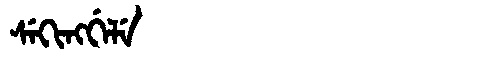
Manchu: ᠰᡝᡴᡳᠩᡤᡝᠯᡝ
Romanization: SEKINGGELE